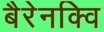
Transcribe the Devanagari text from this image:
बैरेनक्वि